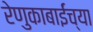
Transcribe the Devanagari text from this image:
रेणुकाबाईंच्या